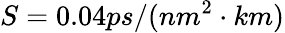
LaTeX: S=0.04ps/(nm^{2}\cdot km)